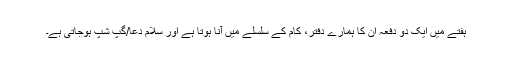
ہفتے میں ایک دو دفعہ ان کا ہمارے دفتر، کام کے سلسلے میں آنا ہوتا ہے اور سلام دعا/گپ شپ ہوجاتی ہے۔